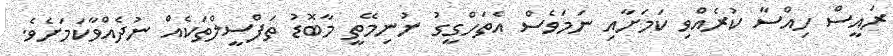
ރައީސް ހިއްސާ ކުރެއްވި ކަމަށާއި ނަމަވެސް އެތަހްގީގު ނުނިމޭތީ މާބޮޑު ތަފްސީލްތަކެއް ނުދެއްވާކަމަށެވެ.